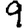
Digit: 9